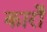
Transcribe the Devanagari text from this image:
कारोँ